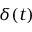
\delta ( t )